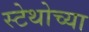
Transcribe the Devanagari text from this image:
स्टेथोच्या